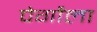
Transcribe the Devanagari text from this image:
पेर्गोला